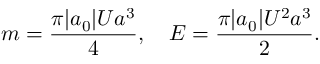
m = \frac { \pi | a _ { 0 } | U a ^ { 3 } } { 4 } , \quad E = \frac { \pi | a _ { 0 } | U ^ { 2 } a ^ { 3 } } { 2 } .